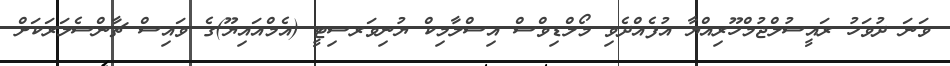
ވަނަ ދުވަހު ރައީސުލްޖުމްހޫރިއްޔާ އުފެއްދެވި މޯލްޑިވްސް އިސްލާމިކް ޔުނިވަރސިޓީ (އެމްއައިޔޫ)ގެ ވައިސް ޗާންސެލަރަކަށް